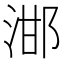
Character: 𣵷